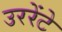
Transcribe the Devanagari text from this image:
उररेंटे